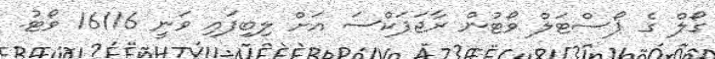
ގޯލް ގެ ޕޯސްޓަލް ވޯޓުން ރާޖަޕަކްސަ އަށް ލިބިފައި ވަނީ 16116 ވޯޓު.